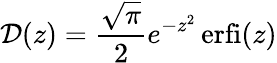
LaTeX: \mathcal D(z)=\frac{\sqrt\pi}{2}e^{-z^{2}}\operatorname{erfi}(z)